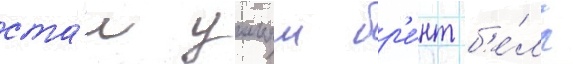
ста́л уильям бр'е́нт б'е́лл